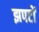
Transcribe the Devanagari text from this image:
झपटों